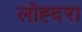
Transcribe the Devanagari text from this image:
लोह्दरा